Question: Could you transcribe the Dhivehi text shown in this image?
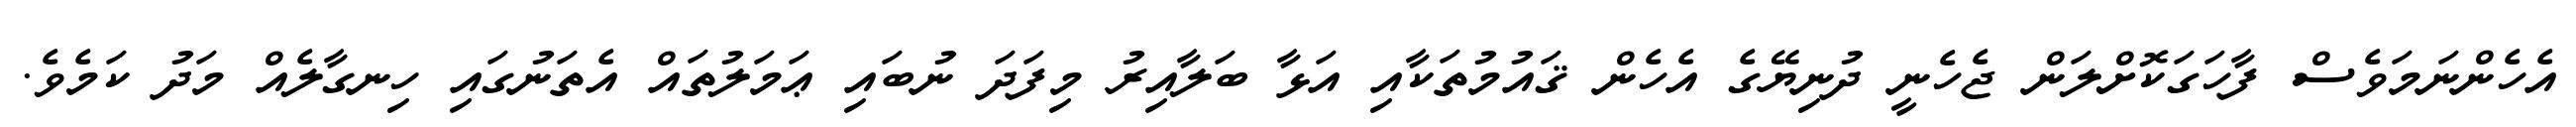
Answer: އެހެންނަމަވެސް ފާހަގަކޮށްލަން ޖެހެނީ ދުނިޔޭގެ އެހެން ޤައުމުތަކާއި އަޅާ ބަލާއިރު މިފަދަ ނުބައި ޢަމަލުތައް އެތަނުގައި ހިނގާލެއް މަދު ކަމެވެ.